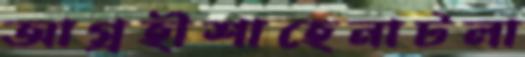
আগ্রহীশাহেনাটলা